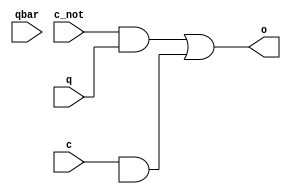
module araislem(input c,input c_not,input q,input qbar,output o);
wire d,e;
and(d,c_not,q);
and(e,c,qb);
or(o,d,e);
endmodule